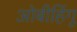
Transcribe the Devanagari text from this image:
ओबीहिंगू